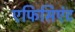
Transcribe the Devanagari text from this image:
एफिसिएंट